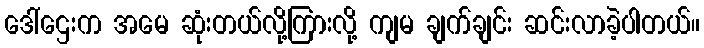
ဒေါ်ဌေးက အမေ ဆုံးတယ်လို့ကြားလို့ ကျမ ချက်ချင်း ဆင်းလာခဲ့ပါတယ်။